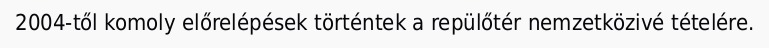
2004-től komoly előrelépések történtek a repülőtér nemzetközivé tételére.